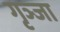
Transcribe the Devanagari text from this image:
गृञ्जा